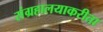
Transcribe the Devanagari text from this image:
संग्रहालयाकरीता